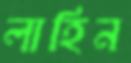
লাহিন